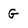
Character: G